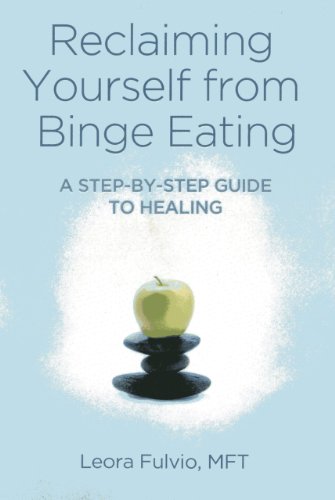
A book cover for Reclaiming Yourself from Binge Eating: A Step-By-Step Guide to Healing; Leora Fulvio; Self-Help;